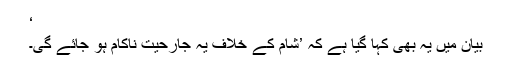
‘
بیان میں یہ بھی کہا گیا ہے کہ ’شام کے خلاف یہ جارحیت ناکام ہو جائے گی۔